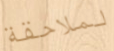
لملاحقة